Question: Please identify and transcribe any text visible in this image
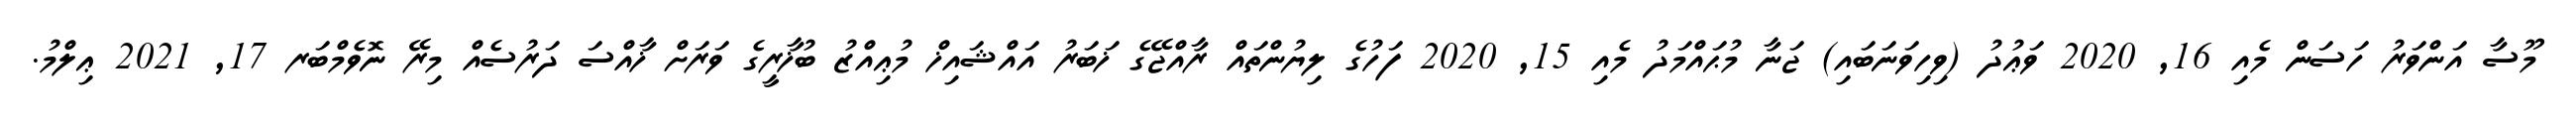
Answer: މޫސާ އަންވަރު ހަސަން މެއި 16, 2020 ވަޢުދު (ވިހިވަނަބައި) ޖަނާ މުޙައްމަދު މެއި 15, 2020 ފަހުގެ ލިޔުންތައް ރާއްޖޭގެ ޚަބަރު އައްޝައިޚް މުޢިއްޒު ބުޚާރީގެ ވަރަށް ޚާއްސަ ދަރުސެއް މިރޭ ނޮވެމްބަރ 17, 2021 ޢިލްމު.